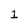
Character: 1